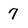
Character: 7